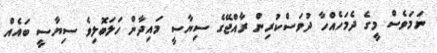
ނަމަވެސް މީގެ ދެމަހެއްހާ ދުވަސްކުރިން ރާއްޖޭގެ ސިޔާސީ މައިދާން ހަލަބޮލިވެ ސިޔާސީ ބައެއް